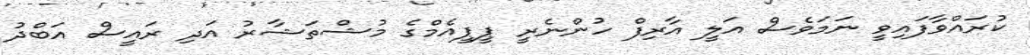
ކުރައްވާފައިވީ ނަމަވެސް އަލީ އާރިފް ހުންނެރީ ޕީޕީއެމްގެ މުޝްތަޝާރު އަދި ރައީސް އަބްދު